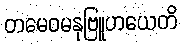
တမေဝမနုဗြူဟယေတိ